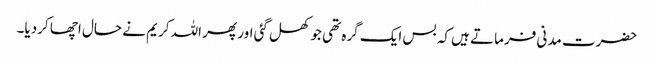
حضرت مدنی فرماتے ہیں کہ بس ایک گرہ تھی جو کھل گئی اور پھر اللہ کریم نے حال اچھا کردیا۔